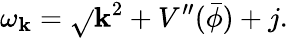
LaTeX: \omega_{\mathbf{k}}=\sqrt{}{{\mathbf{k}^{2}+V^{\prime\prime}(\bar{{\phi}})+j}}.